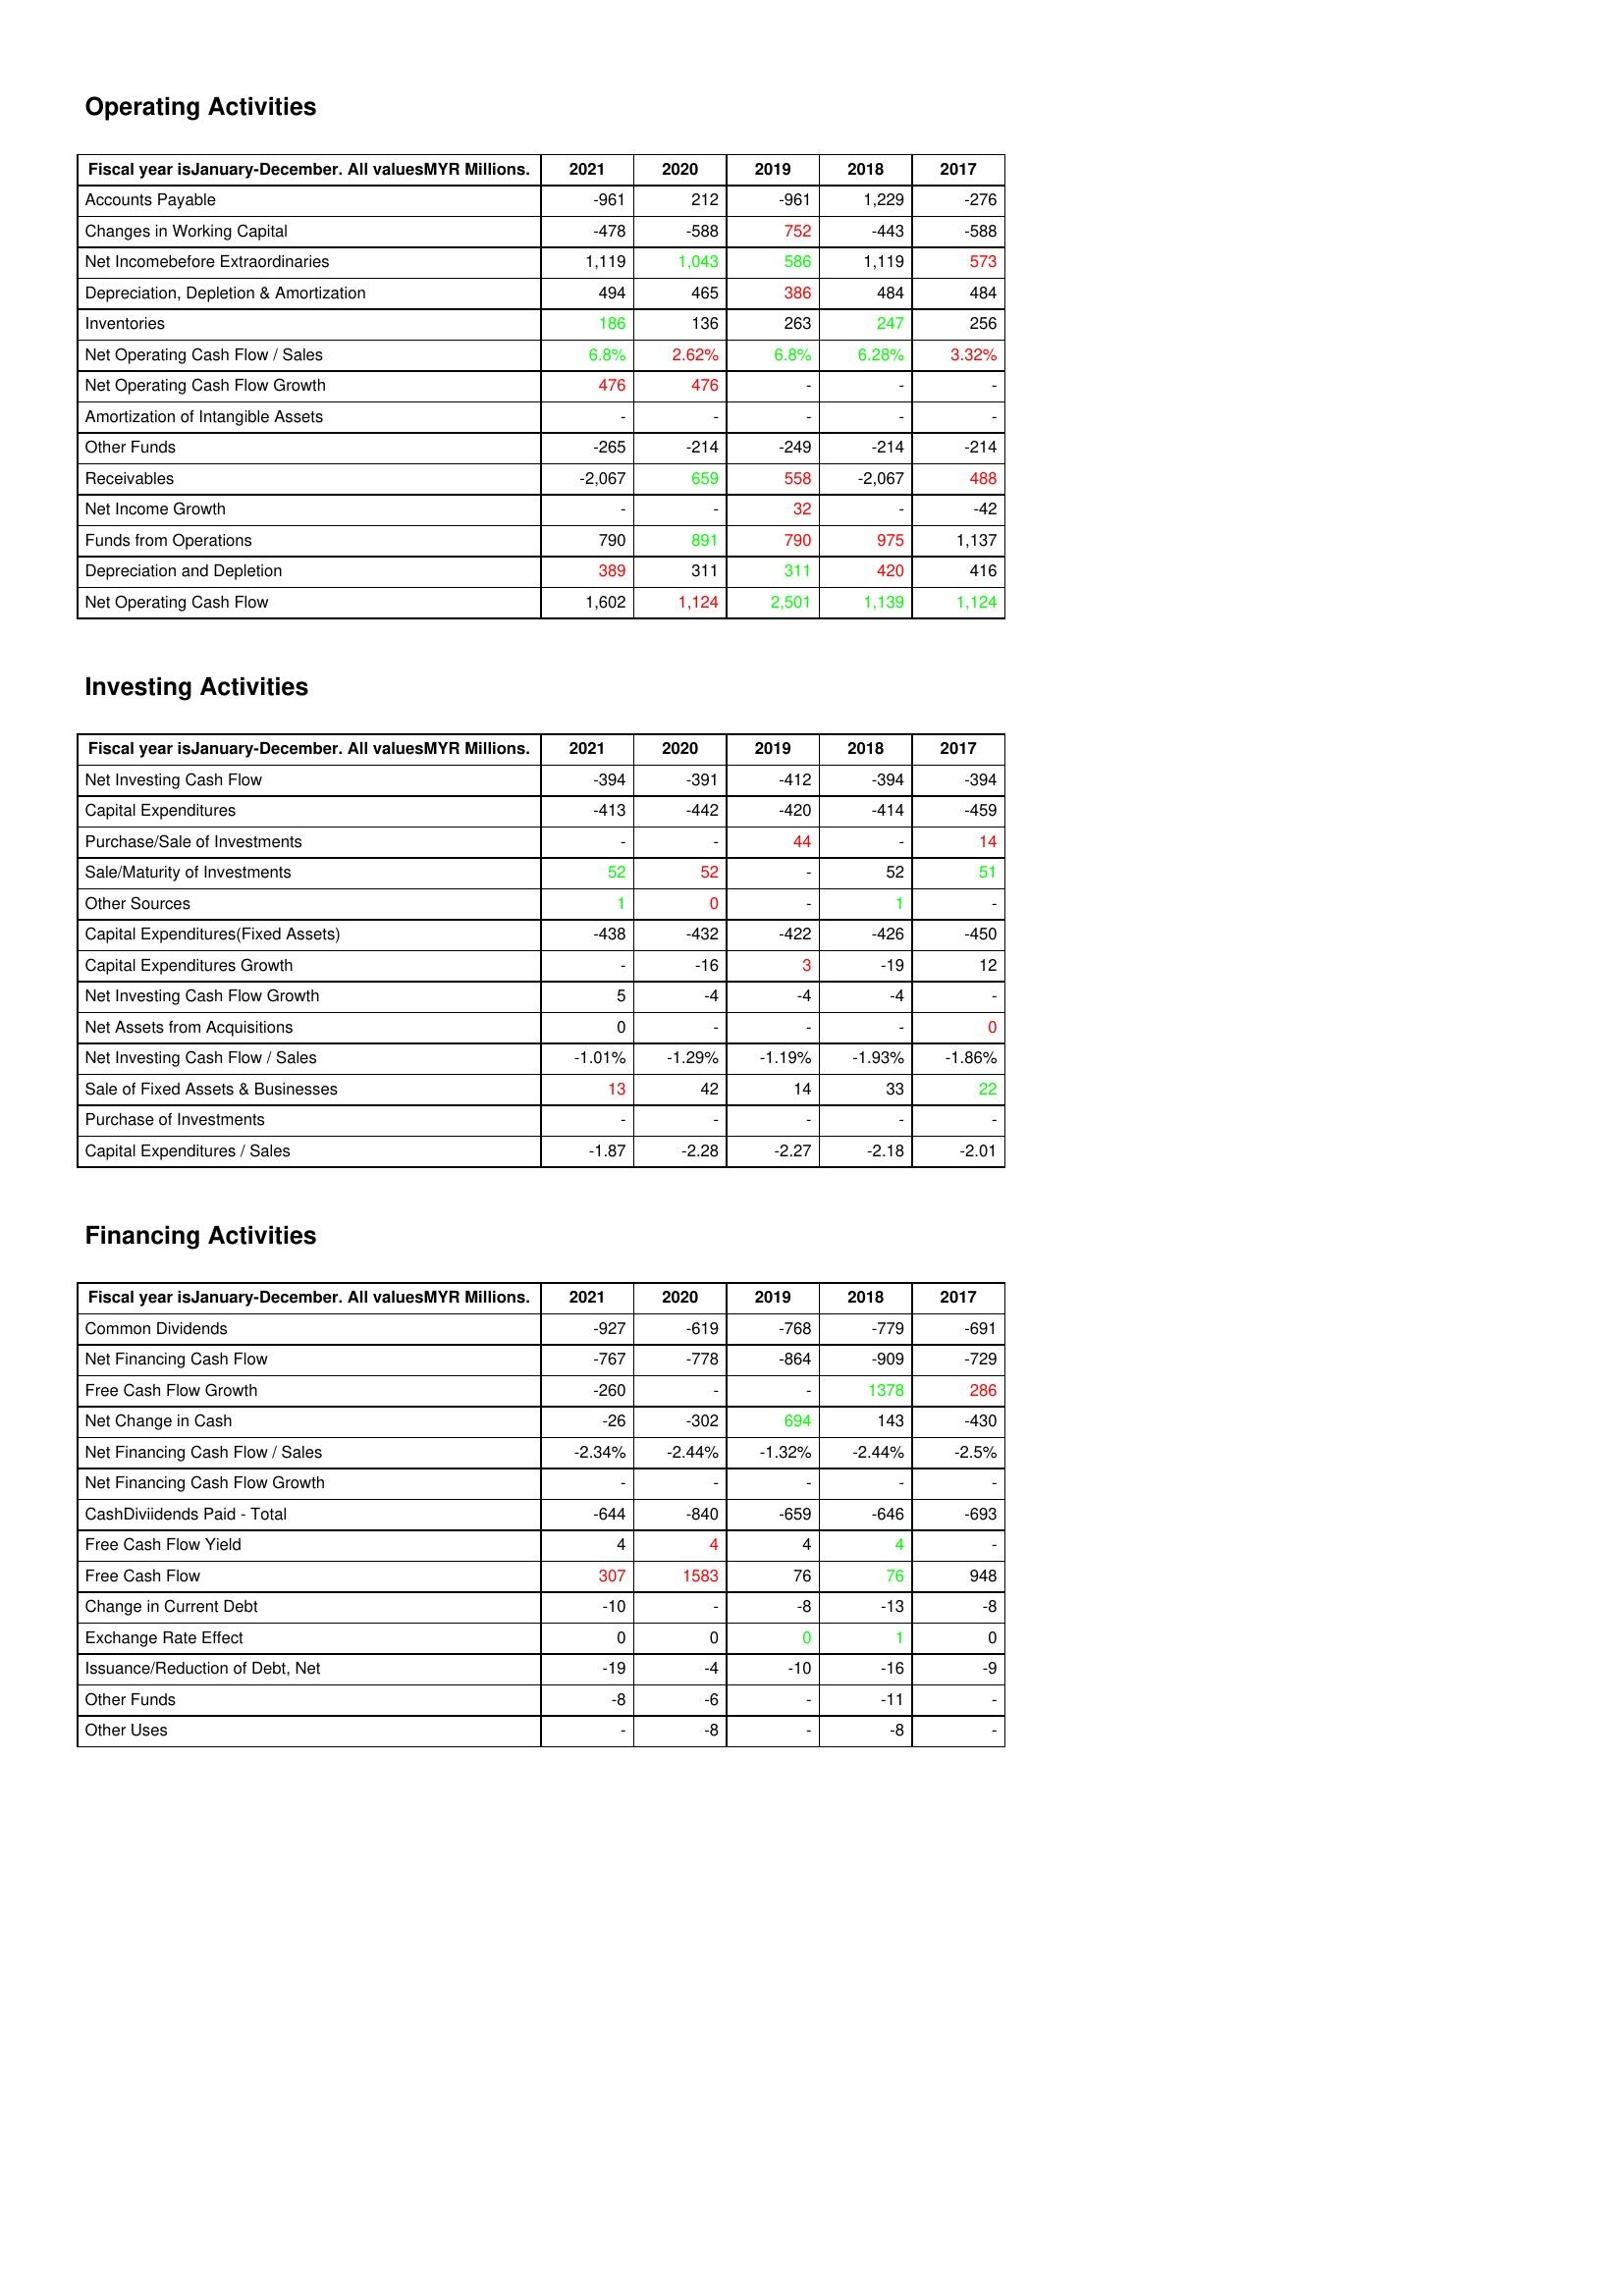
gt_parse: 2021: Operating Activities: Accounts Payable: -961
Changes in Working Capital: -478
Net Incomebefore Extraordinaries: 1,119
Depreciation, Depletion & Amortization: 494
Inventories: 186
Net Operating Cash Flow / Sales: 6.8%
Net Operating Cash Flow Growth: 476
Amortization of Intangible Assets: -
Other Funds: -265
Receivables: -2,067
Net Income Growth: -
Funds from Operations: 790
Depreciation and Depletion: 389
Net Operating Cash Flow: 1,602
Investing Activities: Net Investing Cash Flow: -394
Capital Expenditures: -413
Purchase/Sale of Investments: -
Sale/Maturity of Investments: 52
Other Sources: 1
Capital Expenditures(Fixed Assets): -438
Capital Expenditures Growth: -
Net Investing Cash Flow Growth: 5
Net Assets from Acquisitions: 0
Net Investing Cash Flow / Sales: -1.01%
Sale of Fixed Assets & Businesses: 13
Purchase of Investments: -
Capital Expenditures / Sales: -1.87
Financing Activities: Common Dividends: -927
Net Financing Cash Flow: -767
Free Cash Flow Growth: -260
Net Change in Cash: -26
Net Financing Cash Flow / Sales: -2.34%
Net Financing Cash Flow Growth: -
CashDiviidends Paid - Total: -644
Free Cash Flow Yield: 4
Free Cash Flow: 307
Change in Current Debt: -10
Exchange Rate Effect: 0
Issuance/Reduction of Debt, Net: -19
Other Funds: -8
Other Uses: -
2020: Operating Activities: Accounts Payable: 212
Changes in Working Capital: -588
Net Incomebefore Extraordinaries: 1,043
Depreciation, Depletion & Amortization: 465
Inventories: 136
Net Operating Cash Flow / Sales: 2.62%
Net Operating Cash Flow Growth: 476
Amortization of Intangible Assets: -
Other Funds: -214
Receivables: 659
Net Income Growth: -
Funds from Operations: 891
Depreciation and Depletion: 311
Net Operating Cash Flow: 1,124
Investing Activities: Net Investing Cash Flow: -391
Capital Expenditures: -442
Purchase/Sale of Investments: -
Sale/Maturity of Investments: 52
Other Sources: 0
Capital Expenditures(Fixed Assets): -432
Capital Expenditures Growth: -16
Net Investing Cash Flow Growth: -4
Net Assets from Acquisitions: -
Net Investing Cash Flow / Sales: -1.29%
Sale of Fixed Assets & Businesses: 42
Purchase of Investments: -
Capital Expenditures / Sales: -2.28
Financing Activities: Common Dividends: -619
Net Financing Cash Flow: -778
Free Cash Flow Growth: -
Net Change in Cash: -302
Net Financing Cash Flow / Sales: -2.44%
Net Financing Cash Flow Growth: -
CashDiviidends Paid - Total: -840
Free Cash Flow Yield: 4
Free Cash Flow: 1583
Change in Current Debt: -
Exchange Rate Effect: 0
Issuance/Reduction of Debt, Net: -4
Other Funds: -6
Other Uses: -8
2019: Operating Activities: Accounts Payable: -961
Changes in Working Capital: 752
Net Incomebefore Extraordinaries: 586
Depreciation, Depletion & Amortization: 386
Inventories: 263
Net Operating Cash Flow / Sales: 6.8%
Net Operating Cash Flow Growth: -
Amortization of Intangible Assets: -
Other Funds: -249
Receivables: 558
Net Income Growth: 32
Funds from Operations: 790
Depreciation and Depletion: 311
Net Operating Cash Flow: 2,501
Investing Activities: Net Investing Cash Flow: -412
Capital Expenditures: -420
Purchase/Sale of Investments: 44
Sale/Maturity of Investments: -
Other Sources: -
Capital Expenditures(Fixed Assets): -422
Capital Expenditures Growth: 3
Net Investing Cash Flow Growth: -4
Net Assets from Acquisitions: -
Net Investing Cash Flow / Sales: -1.19%
Sale of Fixed Assets & Businesses: 14
Purchase of Investments: -
Capital Expenditures / Sales: -2.27
Financing Activities: Common Dividends: -768
Net Financing Cash Flow: -864
Free Cash Flow Growth: -
Net Change in Cash: 694
Net Financing Cash Flow / Sales: -1.32%
Net Financing Cash Flow Growth: -
CashDiviidends Paid - Total: -659
Free Cash Flow Yield: 4
Free Cash Flow: 76
Change in Current Debt: -8
Exchange Rate Effect: 0
Issuance/Reduction of Debt, Net: -10
Other Funds: -
Other Uses: -
2018: Operating Activities: Accounts Payable: 1,229
Changes in Working Capital: -443
Net Incomebefore Extraordinaries: 1,119
Depreciation, Depletion & Amortization: 484
Inventories: 247
Net Operating Cash Flow / Sales: 6.28%
Net Operating Cash Flow Growth: -
Amortization of Intangible Assets: -
Other Funds: -214
Receivables: -2,067
Net Income Growth: -
Funds from Operations: 975
Depreciation and Depletion: 420
Net Operating Cash Flow: 1,139
Investing Activities: Net Investing Cash Flow: -394
Capital Expenditures: -414
Purchase/Sale of Investments: -
Sale/Maturity of Investments: 52
Other Sources: 1
Capital Expenditures(Fixed Assets): -426
Capital Expenditures Growth: -19
Net Investing Cash Flow Growth: -4
Net Assets from Acquisitions: -
Net Investing Cash Flow / Sales: -1.93%
Sale of Fixed Assets & Businesses: 33
Purchase of Investments: -
Capital Expenditures / Sales: -2.18
Financing Activities: Common Dividends: -779
Net Financing Cash Flow: -909
Free Cash Flow Growth: 1378
Net Change in Cash: 143
Net Financing Cash Flow / Sales: -2.44%
Net Financing Cash Flow Growth: -
CashDiviidends Paid - Total: -646
Free Cash Flow Yield: 4
Free Cash Flow: 76
Change in Current Debt: -13
Exchange Rate Effect: 1
Issuance/Reduction of Debt, Net: -16
Other Funds: -11
Other Uses: -8
2017: Operating Activities: Accounts Payable: -276
Changes in Working Capital: -588
Net Incomebefore Extraordinaries: 573
Depreciation, Depletion & Amortization: 484
Inventories: 256
Net Operating Cash Flow / Sales: 3.32%
Net Operating Cash Flow Growth: -
Amortization of Intangible Assets: -
Other Funds: -214
Receivables: 488
Net Income Growth: -42
Funds from Operations: 1,137
Depreciation and Depletion: 416
Net Operating Cash Flow: 1,124
Investing Activities: Net Investing Cash Flow: -394
Capital Expenditures: -459
Purchase/Sale of Investments: 14
Sale/Maturity of Investments: 51
Other Sources: -
Capital Expenditures(Fixed Assets): -450
Capital Expenditures Growth: 12
Net Investing Cash Flow Growth: -
Net Assets from Acquisitions: 0
Net Investing Cash Flow / Sales: -1.86%
Sale of Fixed Assets & Businesses: 22
Purchase of Investments: -
Capital Expenditures / Sales: -2.01
Financing Activities: Common Dividends: -691
Net Financing Cash Flow: -729
Free Cash Flow Growth: 286
Net Change in Cash: -430
Net Financing Cash Flow / Sales: -2.5%
Net Financing Cash Flow Growth: -
CashDiviidends Paid - Total: -693
Free Cash Flow Yield: -
Free Cash Flow: 948
Change in Current Debt: -8
Exchange Rate Effect: 0
Issuance/Reduction of Debt, Net: -9
Other Funds: -
Other Uses: -